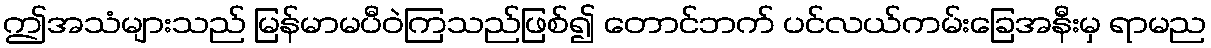
ဤအသံများသည် မြန်မာမပီဝဲကြသည်ဖြစ်၍ တောင်ဘက် ပင်လယ်ကမ်းခြေအနီးမှ ရာမည